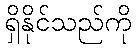
ရှိနိုင်သည်ကို